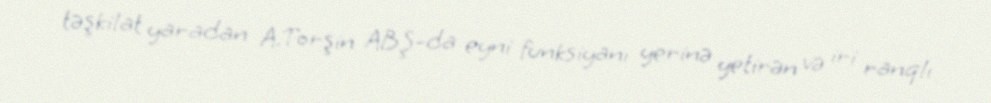
təşkilat yaradan A.Torşin ABŞ-da eyni funksiyanı yerinə yetirən və iri ranqlı